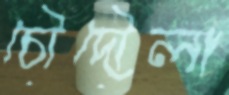
চৌদৌলা